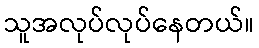
သူအလုပ်လုပ်နေတယ်။